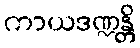
ကာယဒဏ္ဍန္တိ